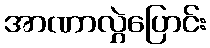
အာဏာလွှဲပြောင်း